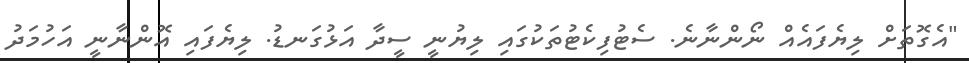
"އެގޮތަށް ލިޔެފައެއް ނޯންނާނެ. ސެޓުފިކެޓުތަކުގައި ލިޔުނީ ސީދާ އަޅުގަނޑު. ލިޔެފައި އޮންނާނީ އަހުމަދު